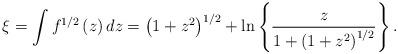
LaTeX: \begin{align*}\xi =\int {f^{1/2}\left( z\right) dz}=\left( {1+z^{2}}\right) ^{1/2}+\ln\left\{ {\frac{z}{1+\left( {1+z^{2}}\right) ^{1/2}}}\right\} . \end{align*}